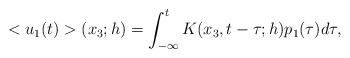
\begin{align*}<u_1(t)>(x_3;h)=\int_{-\infty}^{t} K(x_3,t-\tau;h)p_1(\tau)d\tau,\end{align*}